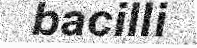
bacilli